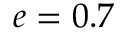
e = 0 . 7